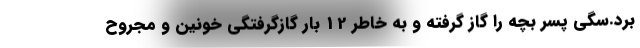
برد.سگی پسر بچه را گاز گرفته و به خاطر 12 بار گازگرفتگی خونین و مجروح